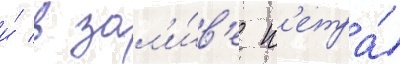
и́ в зал'и́в'е п'етра́